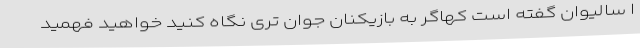
ا سالیوان گفته است کهاگر به بازیکنان جوان تری نگاه کنید خواهید فهمید